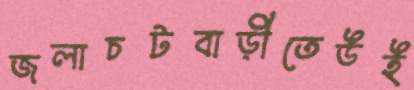
জলাচটবাড়ীতেউই